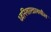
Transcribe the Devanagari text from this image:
ध्वनिशास्त्रामधील